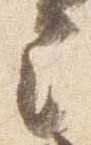
言